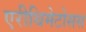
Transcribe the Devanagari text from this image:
एरीथिमेटोसस